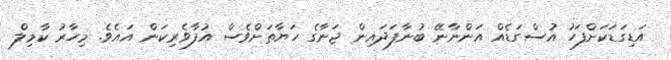
އަޑިގަޑަކަށްފަހު އުސްގަޑެއް އަންނާނޭ ބުނާފަދައިން ޖަނާގެ ހަޔާތަށްވެސް އުފާވެރިކަން އައެވެ. މިހާރު ކާމިލް